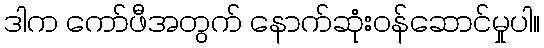
ဒါက ကော်ဖီအတွက် နောက်ဆုံးဝန်ဆောင်မှုပါ။